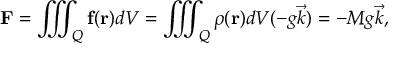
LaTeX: \mathbf { F } = \iiint _ { Q } \mathbf { f } ( \mathbf { r } ) d V = \iiint _ { Q } \rho ( \mathbf { r } ) d V ( - g { \vec { k } } ) = - M g { \vec { k } } ,